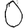
Digit: 0